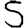
Digit: 5